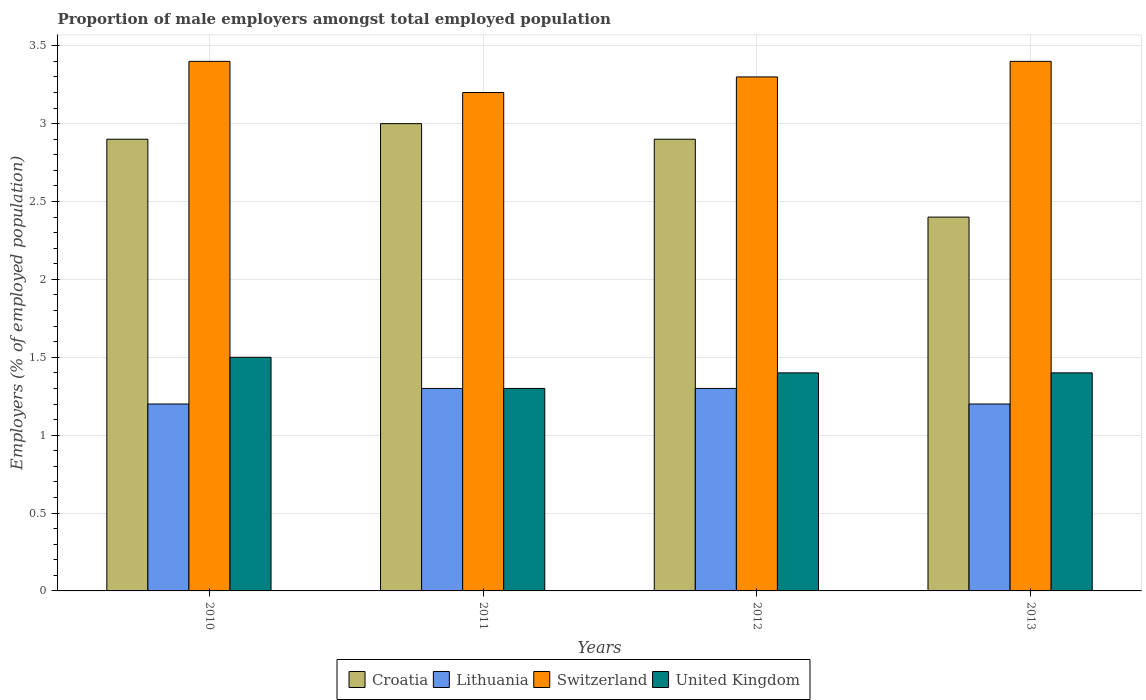
| Years | Croatia | Lithuania | Switzerland | United Kingdom |
 | --- | --- | --- | --- | --- |
 | 2010 | 2.9 | 1.2 | 3.4 | 1.5 |
 | 2011 | 3 | 1.3 | 3.2 | 1.3 |
 | 2012 | 2.9 | 1.3 | 3.3 | 1.4 |
 | 2013 | 2.4 | 1.2 | 3.4 | 1.4 |